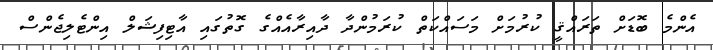
އެންމެ ބޮޑަށް ތަރައްޤީ ކުރުމަށް މަސައްކަތް ކުރަމުންދާ ދާއިރާއެއްގެ ގޮތުގައި އާޓިފިޝަލް އިންޓެލިޖެންސް